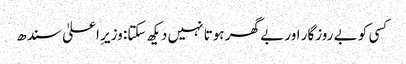
کسی کو بے روزگار اور بے گھر ہوتا نہیں دیکھ سکتا: وزیرِ اعلیٰ سندھ